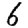
Digit: 6